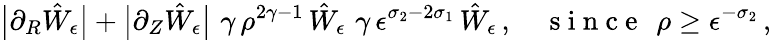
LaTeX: \bigl|\partial_{R}\hat{W}_{\epsilon}\bigr|+\bigl|\partial_{Z}\hat{W}_{\epsilon}\bigr|\, \le\, \gamma\, \rho^{2\gamma-1}\, \hat{W}_{\epsilon}\, \le\, \gamma\, \epsilon^{\sigma_{2}-2\sigma_{1}}\, \hat{W}_{\epsilon}\, ,\quad\mathrm{~s~i~n~c~e~}~\, \rho\ge\epsilon^{-\sigma_{2}}\, ,